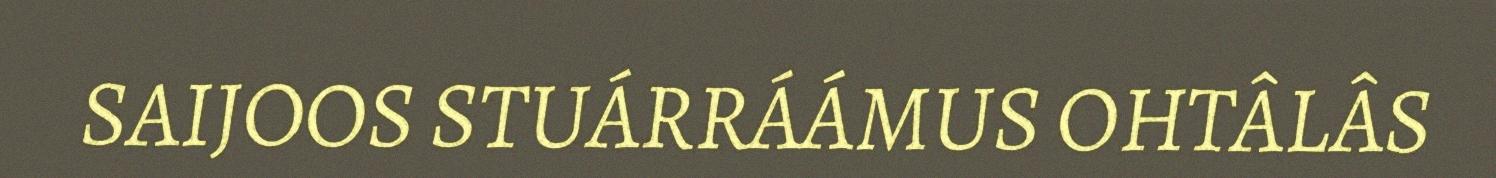
SAIJOOS STUÁRRÁÁMUS OHTÂLÂS